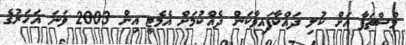
މުސްތަފާ އަށް ކުލި ދައްކާފައިވާކަން ދެއްކުމަށް އެމެޓީ އިން 2003 ވަނަ އަހަރުގެ